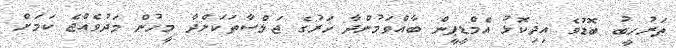
ތަރުހީބު ބޮޑުވެ އިދިކޮޅު އެމްޑީޕީން ބާއްވަމުންދާ ހަރުގެ ޖަލްސާތަކަށްދާ މީހުން މަދުވެއްޖެ ކަމަށް